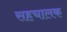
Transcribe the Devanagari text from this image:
सहचालक